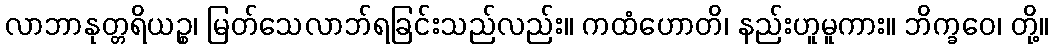
လာဘာနုတ္တရိယဉ္စ၊ မြတ်သေလာဘ်ရခြင်းသည်လည်း။ ကထံဟောတိ၊ နည်းဟူမူကား။ ဘိက္ခဝေ၊ တို့။